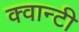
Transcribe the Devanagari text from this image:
क्वान्टी